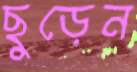
ছুড়েন